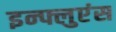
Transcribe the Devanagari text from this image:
इन्फ्लुएंस